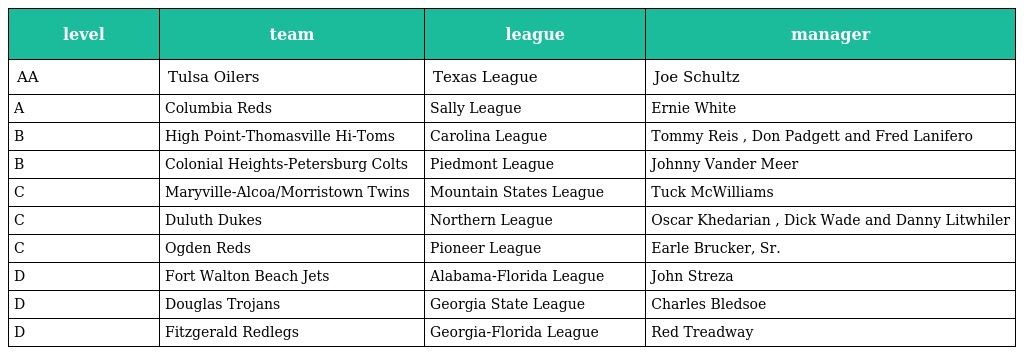
| level | team | league | manager |
 | --- | --- | --- | --- |
 | AA | Tulsa Oilers | Texas League | Joe Schultz |
 | A | Columbia Reds | Sally League | Ernie White |
 | B | High Point-Thomasville Hi-Toms | Carolina League | Tommy Reis , Don Padgett and Fred Lanifero |
 | B | Colonial Heights-Petersburg Colts | Piedmont League | Johnny Vander Meer |
 | C | Maryville-Alcoa/Morristown Twins | Mountain States League | Tuck McWilliams |
 | C | Duluth Dukes | Northern League | Oscar Khedarian , Dick Wade and Danny Litwhiler |
 | C | Ogden Reds | Pioneer League | Earle Brucker, Sr. |
 | D | Fort Walton Beach Jets | Alabama-Florida League | John Streza |
 | D | Douglas Trojans | Georgia State League | Charles Bledsoe |
 | D | Fitzgerald Redlegs | Georgia-Florida League | Red Treadway |